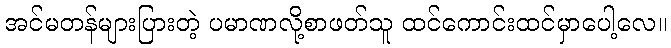
အင်မတန်များပြားတဲ့ ပမာဏလို့စာဖတ်သူ ထင်ကောင်းထင်မှာပေါ့လေ။